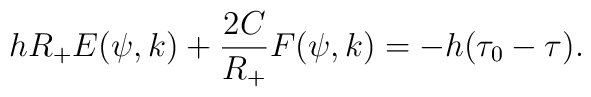
hR_+E(\psi,k) + \frac{2C}{R_+} F(\psi,k) = - h(\tau_0-\tau).